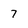
Character: 7